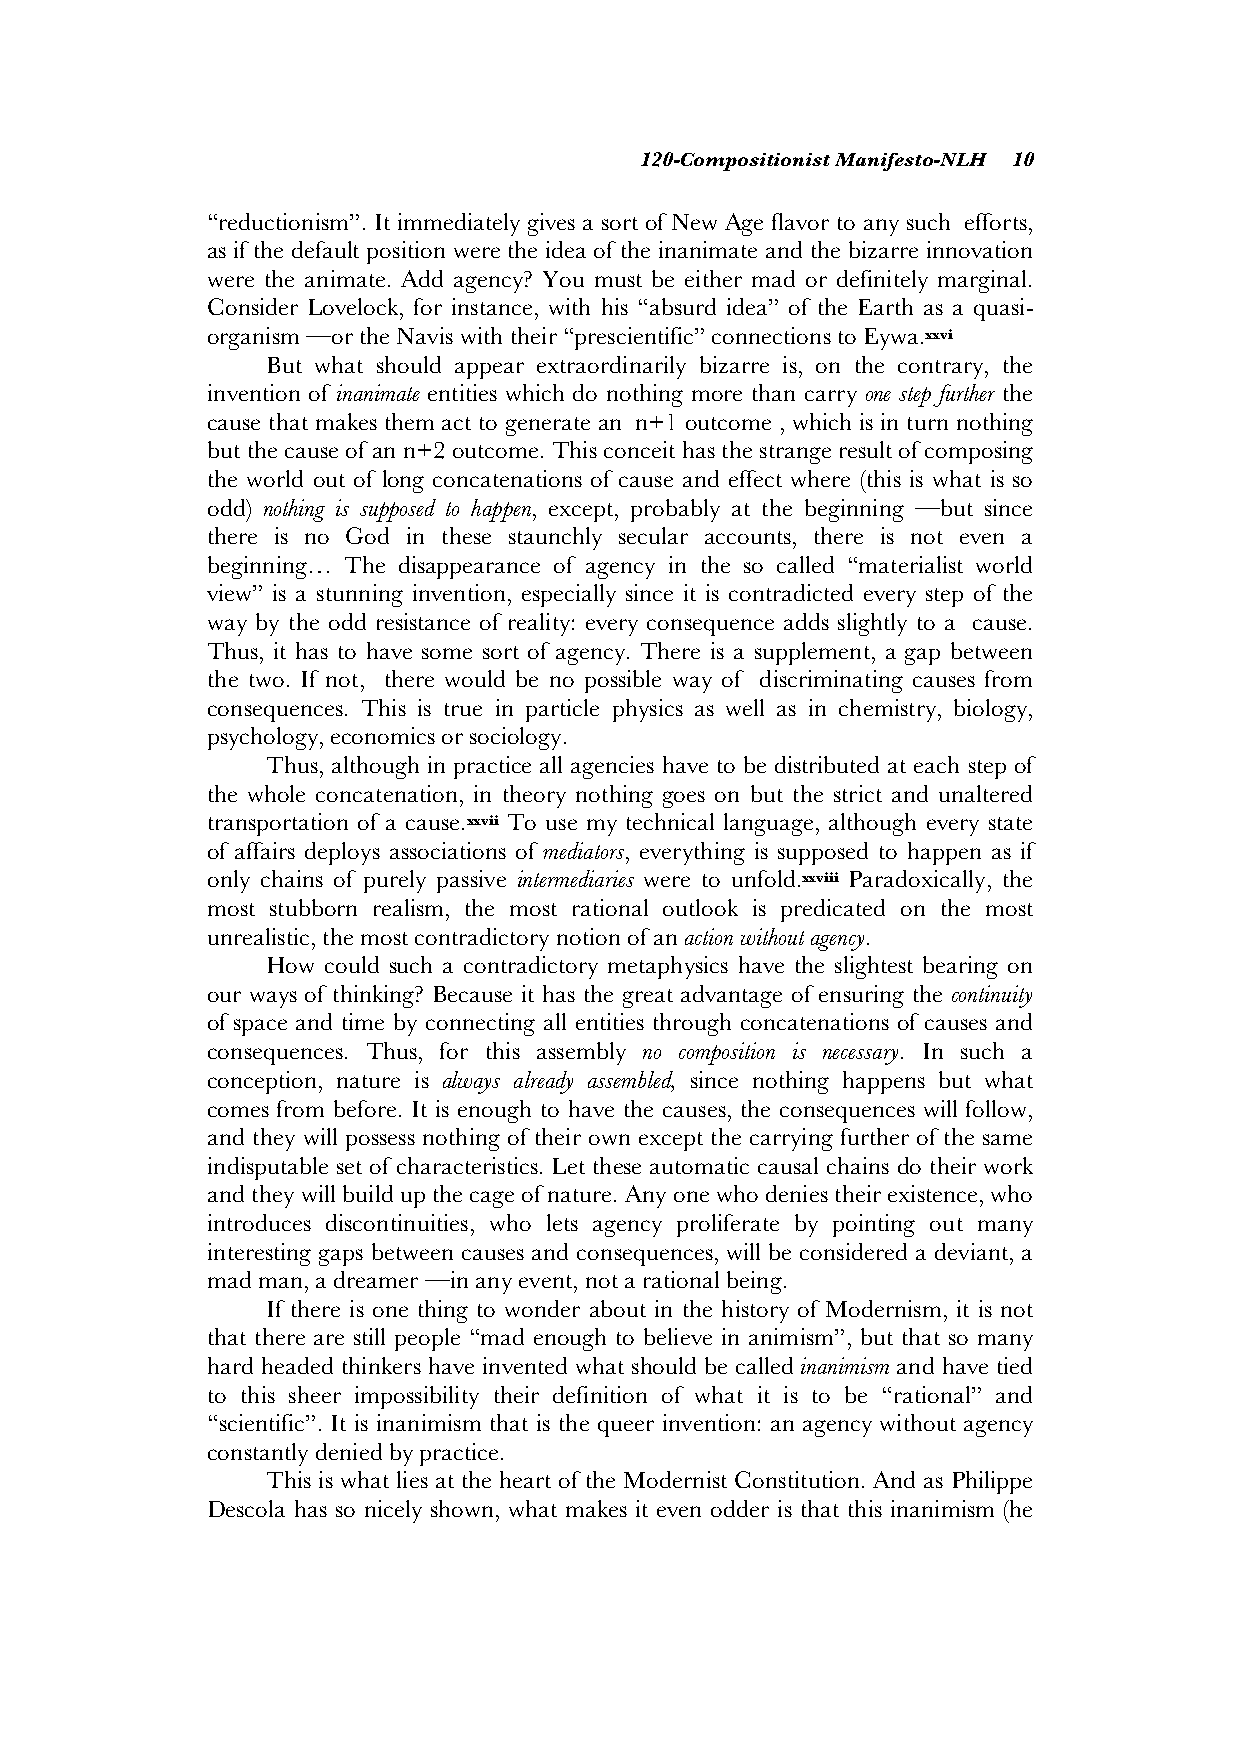
120-Compositionist Manifesto-NLH 10
 “reductionism”. It immediately gives a sort of New Age flavor to any such efforts,
 as if the default position were the idea of the inanimate and the bizarre innovation
 were the animate. Add agency? You must be either mad or definitely marginal.
 Consider Lovelock, for instance, with his “absurd idea” of the Earth as a quasi-
 organism —or the Navis with their “prescientific” connections to Eywa.xxvi
 But what should appear extraordinarily bizarre is, on the contrary, the
 invention of inanimate entities which do nothing more than carry one step further the
 cause that makes them act to generate an n+1 outcome , which is in turn nothing
 but the cause of an n+2 outcome. This conceit has the strange result of composing
 the world out of long concatenations of cause and effect where (this is what is so
 odd) nothing is supposed to happen, except, probably at the beginning —but since
 there is no God in these staunchly secular accounts, there is not even a
 beginning… The disappearance of agency in the so called “materialist world
 view” is a stunning invention, especially since it is contradicted every step of the
 way by the odd resistance of reality: every consequence adds slightly to a cause.
 Thus, it has to have some sort of agency. There is a supplement, a gap between
 the two. If not, there would be no possible way of discriminating causes from
 consequences. This is true in particle physics as well as in chemistry, biology,
 psychology, economics or sociology.
 Thus, although in practice all agencies have to be distributed at each step of
 the whole concatenation, in theory nothing goes on but the strict and unaltered
 transportation of a cause.xxvii To use my technical language, although every state
 of affairs deploys associations of mediators, everything is supposed to happen as if
 only chains of purely passive intermediaries were to unfold.xxviii Paradoxically, the
 most stubborn realism, the most rational outlook is predicated on the most
 unrealistic, the most contradictory notion of an action without agency.
 How could such a contradictory metaphysics have the slightest bearing on
 our ways of thinking? Because it has the great advantage of ensuring the continuity
 of space and time by connecting all entities through concatenations of causes and
 consequences. Thus, for this assembly no composition is necessary. In such a
 conception, nature is always already assembled, since nothing happens but what
 comes from before. It is enough to have the causes, the consequences will follow,
 and they will possess nothing of their own except the carrying further of the same
 indisputable set of characteristics. Let these automatic causal chains do their work
 and they will build up the cage of nature. Any one who denies their existence, who
 introduces discontinuities, who lets agency proliferate by pointing out many
 interesting gaps between causes and consequences, will be considered a deviant, a
 mad man, a dreamer —in any event, not a rational being.
 If there is one thing to wonder about in the history of Modernism, it is not
 that there are still people “mad enough to believe in animism”, but that so many
 hard headed thinkers have invented what should be called inanimism and have tied
 to this sheer impossibility their definition of what it is to be “rational” and
 “scientific”. It is inanimism that is the queer invention: an agency without agency
 constantly denied by practice.
 This is what lies at the heart of the Modernist Constitution. And as Philippe
 Descola has so nicely shown, what makes it even odder is that this inanimism (he